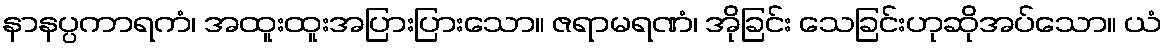
နာနပ္ပကာရကံ၊ အထူးထူးအပြားပြားသော။ ဇရာမရဏံ၊ အိုခြင်း သေခြင်းဟုဆိုအပ်သော။ ယံ